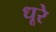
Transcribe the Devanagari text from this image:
धूरे